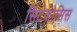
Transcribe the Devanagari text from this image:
सिटेकोसिस